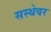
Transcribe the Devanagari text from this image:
सस्थेवर